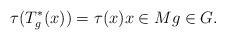
LaTeX: \begin{align*}\tau( T^*_{g}(x))= \tau(x) x \in M g \in G.\end{align*}